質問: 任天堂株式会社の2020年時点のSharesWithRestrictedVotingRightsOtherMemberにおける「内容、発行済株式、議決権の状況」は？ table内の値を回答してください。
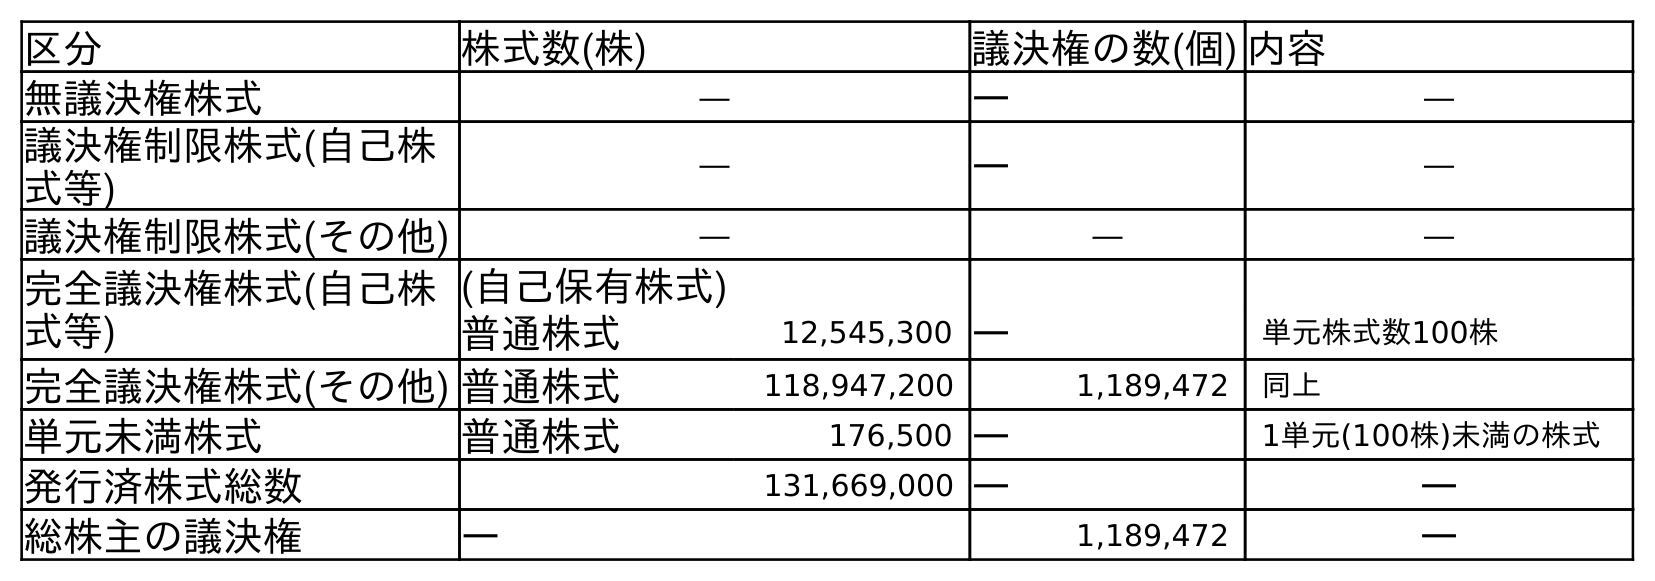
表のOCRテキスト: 区分 株式数(株) 議決権の数(個) 内容 無議決権株式 ― ― ― 議決権制限株式(自己株 式等) ― ― ― 議決権制限株式(その他) ― ― ― 完全議決権株式(自己株 式等) (自己保有株式) 普通株式 12,545,300 ― 単元株式数100株 完全議決権株式(その他) 普通株式 118,947,200 1,189,472 同上 単元未満株式 普通株式 176,500 ― 1単元(100株)未満の株式 発行済株式総数 131,669,000 ― ― 総株主の議決権 ― 1,189,472 ―
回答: ―